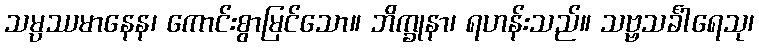
သမ္ပဿမာနေန၊ ကောင်းစွာမြင်သော။ ဘိက္ခုနာ၊ ရဟန်းသည်။ သဗ္ဗသင်္ခါရေသု၊